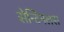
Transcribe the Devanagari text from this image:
सेन्टिनलस